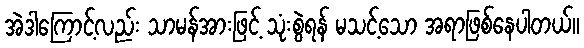
အဲဒါကြောင့်လည်း သာမန်အားဖြင့် သုံးစွဲရန် မသင့်သော အရာဖြစ်နေပါတယ်။